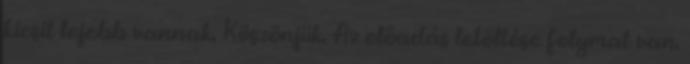
kicsit lejebb vannak. Köszönjük. Az előadás letöltése folymat van.